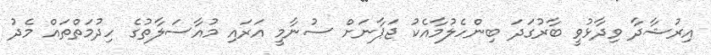
އިރުޝާދާ ވިދާޅުވީ ބާރުގަދަ ބިންހެލުމާއެކު ޖަޕާނަށް ސުނާމީ އަރައި މުއާސަލާތުގެ ހިދުމަތްތައް މެދު